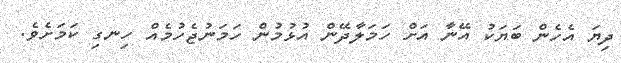
ދިޔަ އެހެން ބަޔަކު އޭނާ އަށް ހަމަލާދޭން އުޅުމުން ހަމަނުޖެހުމެއް ހިނގި ކަމަށެވެ.